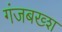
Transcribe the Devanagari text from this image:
गंजबख्श